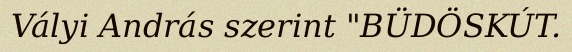
Vályi András szerint "BÜDÖSKÚT.